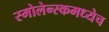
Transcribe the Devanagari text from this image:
स्मोलेन्स्कमध्येच